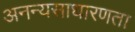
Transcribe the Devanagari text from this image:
अनन्यसाधारणता